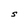
Character: S